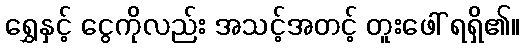
ရွှေနှင့် ငွေကိုလည်း အသင့်အတင့် တူးဖေါ် ရရှိ၏။